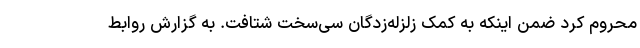
محروم کرد ضمن اینکه به کمک زلزله‌زدگان سی‌سخت شتافت. به گزارش روابط